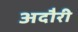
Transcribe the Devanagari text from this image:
अदौरी